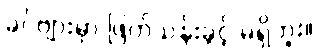
ခင်ဗျားမှာ ဖြတ်သန်းခွင့် မရှိဘူး။